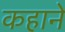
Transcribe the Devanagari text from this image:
कहाने